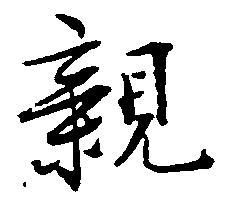
親